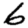
Digit: 6